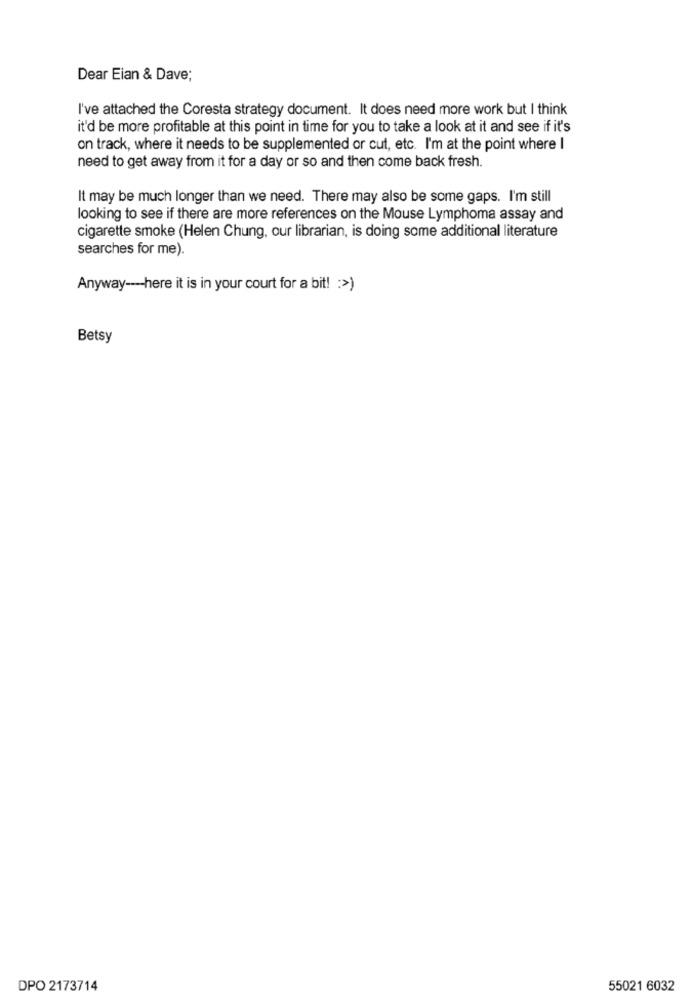
Dear Eian & Dave;
I've attached the Coresta strategy document. It does need more work but I think
it'd be more profitable at this point in time for you to take a look at it and see if it's
on track, where it needs to be supplemented or cut, etc. I'm at the point where I
need to get away from it for a day or so and then come back fresh.
It may be much longer than we need. There may also be some gaps. I'm still
looking to see if there are more references on the Mouse Lymphoma assay and
cigarette smoke (Helen Chung, our librarian, is doing some additional literature
searches for me).
Anyway ---- here it is in your court for a bit! : >)
Betsy
DPO 2173714
55021 6032